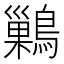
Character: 𪅕